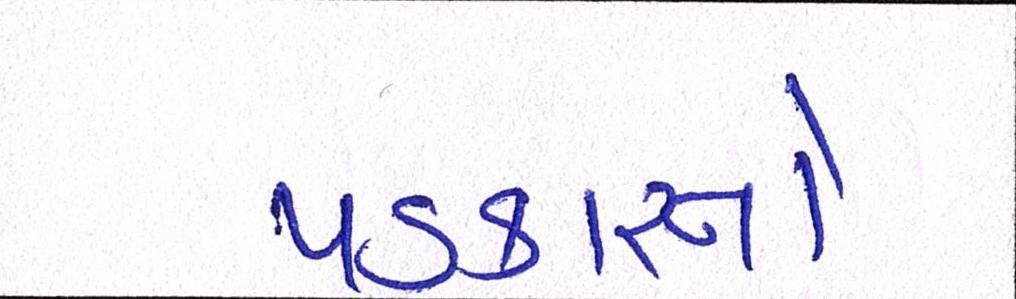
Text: પડકારનો